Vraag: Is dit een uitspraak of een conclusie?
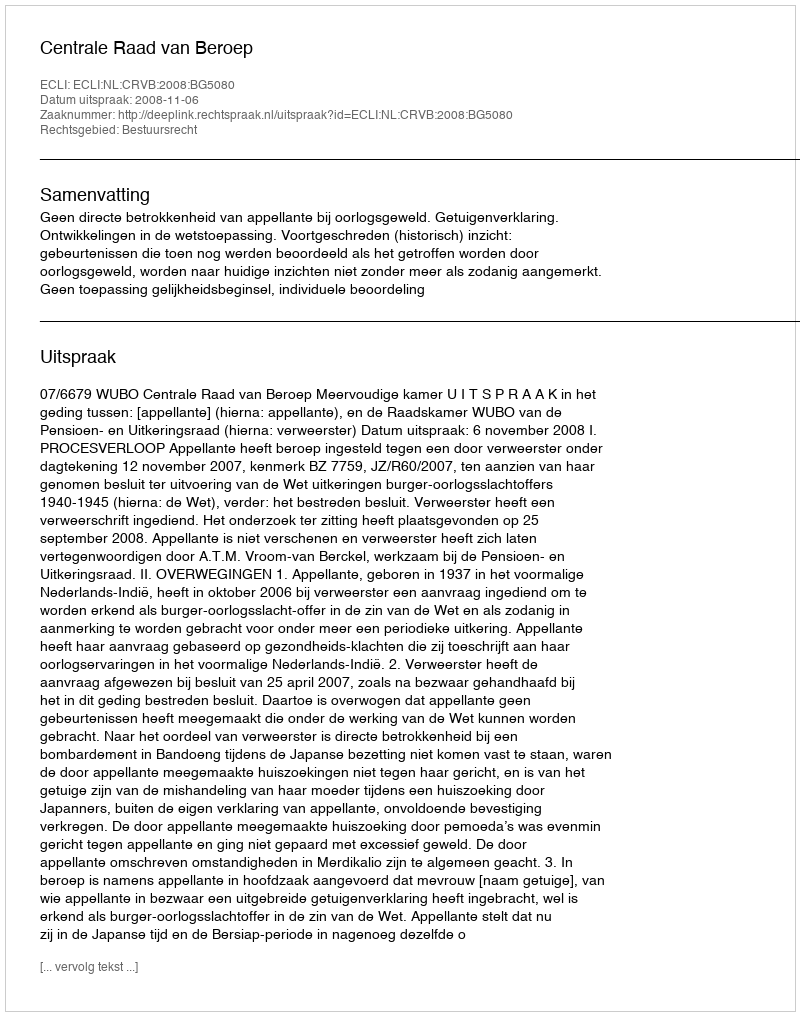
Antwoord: Uitspraak